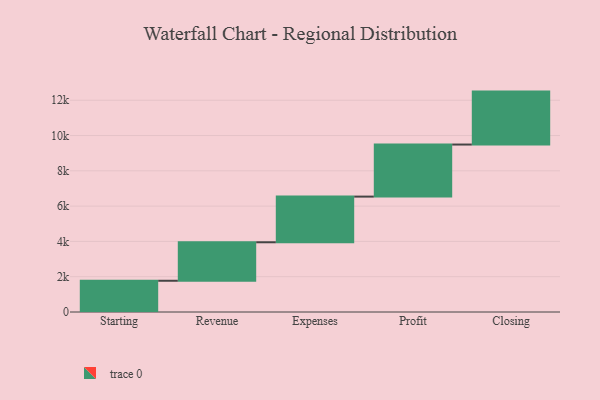
{"axis": {"x": "Step", "y": "Value"}, "legend": [""], "data": [{"x": "Starting", "y": 1770.0, "type": ""}, {"x": "Revenue", "y": 2181.0, "type": ""}, {"x": "Expenses", "y": 2588.0, "type": ""}, {"x": "Profit", "y": 2950.0, "type": ""}, {"x": "Closing", "y": 3000, "type": ""}]}